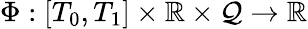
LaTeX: \Phi:[T_{0},T_{1}]\times\mathbb{R}\times\mathcal{Q}\rightarrow\mathbb{R}